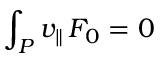
\int _ { P } v _ { \| } \, F _ { 0 } = 0